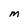
Character: M